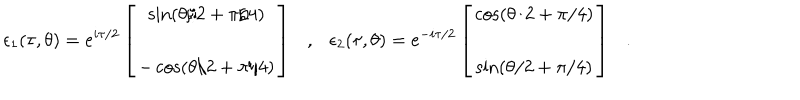
LaTeX: \epsilon _ { 1 } ( \tau , \theta ) = e ^ { i \tau / 2 } \left[ \begin{array} { c } { { \sin ( \theta / 2 + \pi / 4 ) } } \\ { { - \cos ( \theta / 2 + \pi / 4 ) } } \\ \end{array} \right] , \epsilon _ { 2 } ( \tau , \theta ) = e ^ { - i \tau / 2 } \left[ \begin{array} { c } { { \cos ( \theta / 2 + \pi / 4 ) } } \\ { { \sin ( \theta / 2 + \pi / 4 ) } } \\ \end{array} \right] .